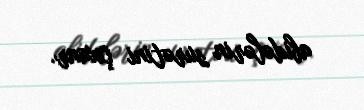
abidələrin surətini çıxanr.